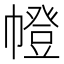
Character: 㡠